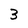
Character: 3